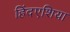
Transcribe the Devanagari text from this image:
हिंदएशिया